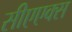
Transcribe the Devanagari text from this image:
सीएएक्स